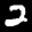
Label: 2